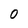
Character: 0